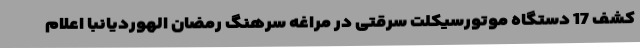
کشف 17 دستگاه موتورسیکلت سرقتی در مراغه سرهنگ رمضان الهوردیانبا اعلام